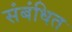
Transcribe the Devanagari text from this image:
संबंधित